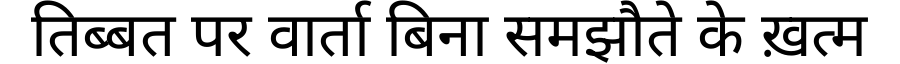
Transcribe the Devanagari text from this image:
तिब्बत पर वार्ता बिना समझौते के ख़त्म